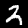
Digit: 2